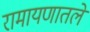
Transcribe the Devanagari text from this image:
रामायणातले